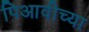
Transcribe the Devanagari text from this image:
पिआवीच्या